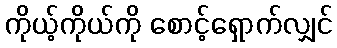
ကိုယ့်ကိုယ်ကို စောင့်ရှောက်လျှင်